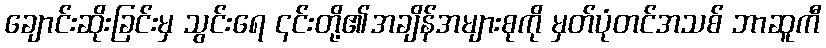
ချောင်းဆိုးခြင်းမှ သွင်းရေ ၎င်းတို့၏အချိန်အများစုကို မှတ်ပုံတင်အသစ် ဘာဆူကီ